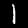
Digit: 1